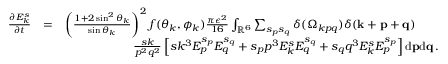
\begin{array} { r l r } { \frac { \partial E _ { k } ^ { s } } { \partial t } } & { = } & { \left( \frac { 1 + 2 \sin ^ { 2 } \theta _ { k } } { \sin \theta _ { k } } \right) ^ { 2 } f ( \theta _ { k } , \phi _ { k } ) \frac { \pi \epsilon ^ { 2 } } { 1 6 } \int _ { { \mathbb { R } } ^ { 6 } } \sum _ { s _ { p } s _ { q } } \delta ( \Omega _ { k p q } ) \delta ( { \bf k } + { \bf p } + { \bf q } ) \quad \quad } \\ & { } & { \frac { s k } { p ^ { 2 } q ^ { 2 } } \left[ s k ^ { 3 } E _ { p } ^ { s _ { p } } E _ { q } ^ { s _ { q } } + s _ { p } p ^ { 3 } E _ { k } ^ { s } E _ { q } ^ { s _ { q } } + s _ { q } q ^ { 3 } E _ { k } ^ { s } E _ { p } ^ { s _ { p } } \right] \mathrm { d } { \bf p } \mathrm { d } { \bf q } \, . } \end{array}